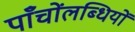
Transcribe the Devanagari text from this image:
पाँचोंलब्धियों